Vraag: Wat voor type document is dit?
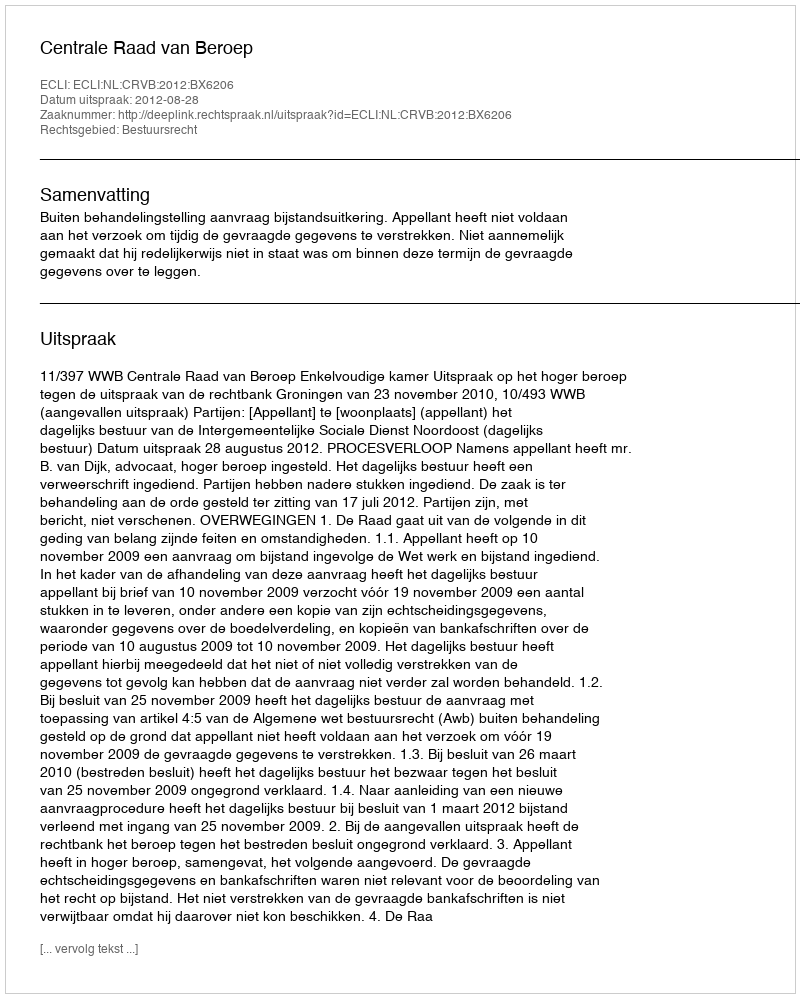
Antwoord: Uitspraak